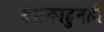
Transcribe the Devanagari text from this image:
दशकाहुनही